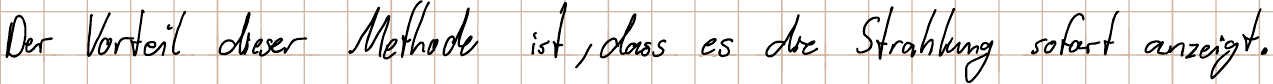
Der Vorteil dieser Methode ist, dass es die Strahlung sofort anzeigt.